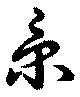
京